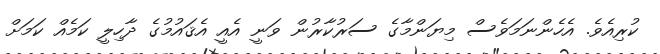
ކުރިއެވެ. އެހެންނަމަވެސް މިޔަންމާގެ ސަރުކާރުން ވަނީ އެއީ އެޤައުމުގެ ދާހިލީ ކަމެއް ކަމަށް